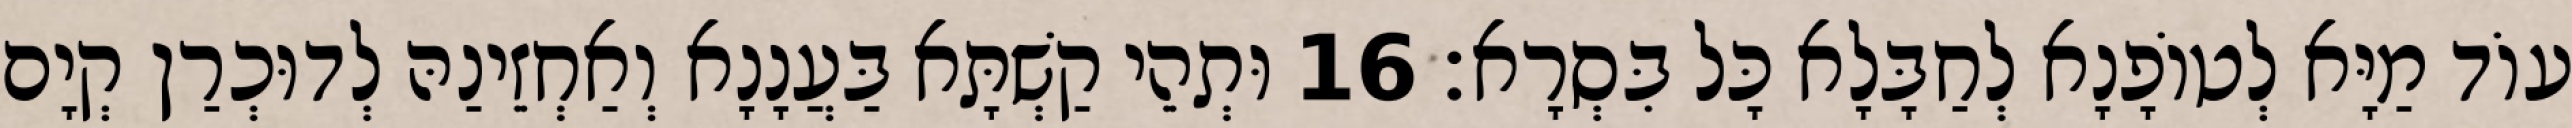
עוֹד מַיָּא לְטוֹפָנָא לְחַבָּלָא כָּל בִּסְרָא׃ 16 וּתְהֵי קַשְׁתָּא בַּעֲנָנָא וְאַחְזֵינַהּ לְדוּכְרַן קְיָם